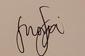
Signature authenticity: genuine